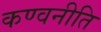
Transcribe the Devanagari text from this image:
कण्वनीति